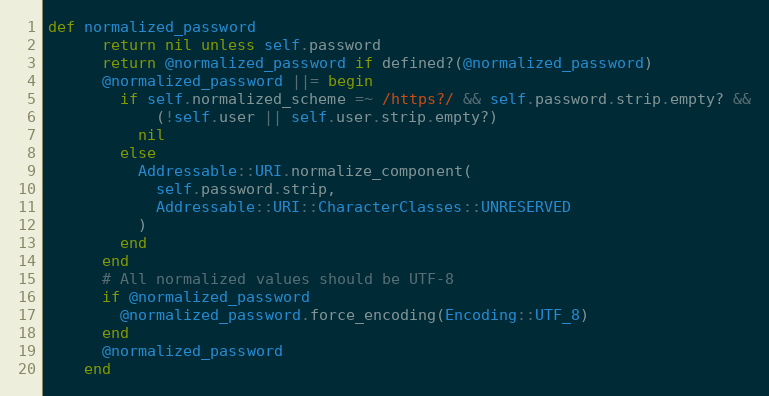
Language: Ruby
def normalized_password
      return nil unless self.password
      return @normalized_password if defined?(@normalized_password)
      @normalized_password ||= begin
        if self.normalized_scheme =~ /https?/ && self.password.strip.empty? &&
            (!self.user || self.user.strip.empty?)
          nil
        else
          Addressable::URI.normalize_component(
            self.password.strip,
            Addressable::URI::CharacterClasses::UNRESERVED
          )
        end
      end
      # All normalized values should be UTF-8
      if @normalized_password
        @normalized_password.force_encoding(Encoding::UTF_8)
      end
      @normalized_password
    end